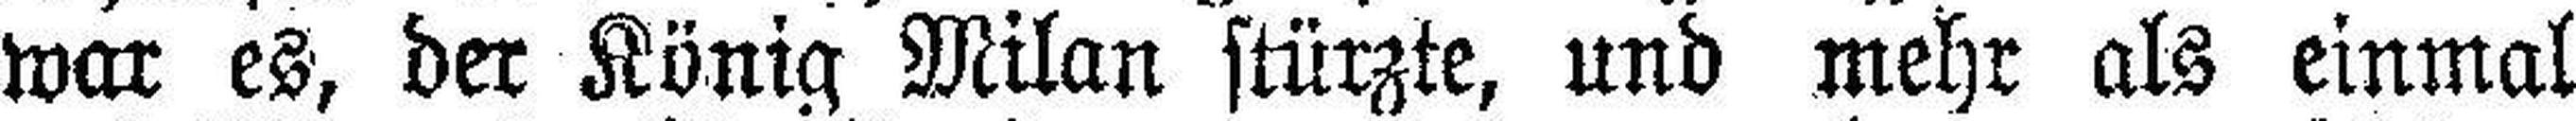
war es, der König Milan stürzte, und mehr als einmal